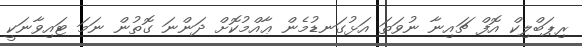
ރިޕަބްލިކް އޮފް ޗައިނާ ނުވަތަ އަޅުގަނޑުމެން ޢާއްމުކޮށް ދަންނަ ގޮތުން ނަމަ ޓައިވާނަކީ